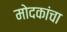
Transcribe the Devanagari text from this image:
मोदकांचा